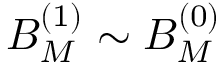
B _ { M } ^ { ( 1 ) } \sim B _ { M } ^ { ( 0 ) }